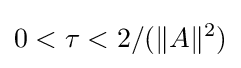
0<\tau <2/(\|A\|^{2})